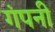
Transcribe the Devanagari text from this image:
गंपनी